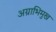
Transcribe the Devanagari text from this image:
अग्राभिमुख